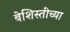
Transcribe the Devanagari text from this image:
बेशिस्तीच्या